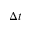
\Delta t